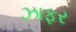
ઝાફર